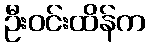
ဦးဝင်းထိန်က